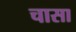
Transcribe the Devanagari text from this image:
चासा